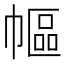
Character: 𢄠